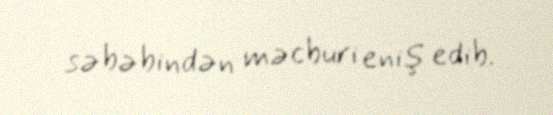
səbəbindən məcburi eniş edib.